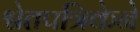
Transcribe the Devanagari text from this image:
श्वेतपत्रिकेने